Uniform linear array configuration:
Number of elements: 64
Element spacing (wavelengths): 0.75
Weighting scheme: uniform
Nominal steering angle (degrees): -45
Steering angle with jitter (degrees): -45.481
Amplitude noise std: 0.05
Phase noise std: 0.05

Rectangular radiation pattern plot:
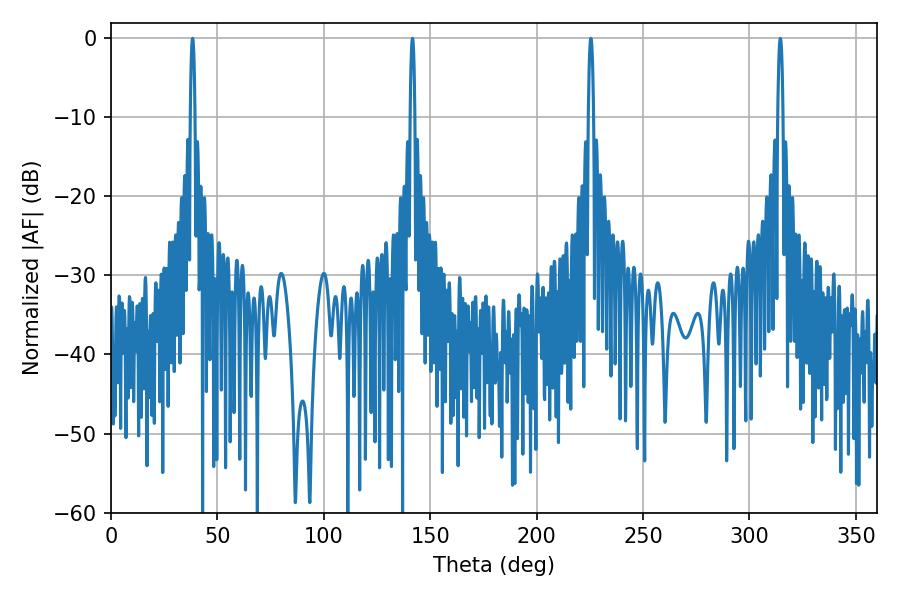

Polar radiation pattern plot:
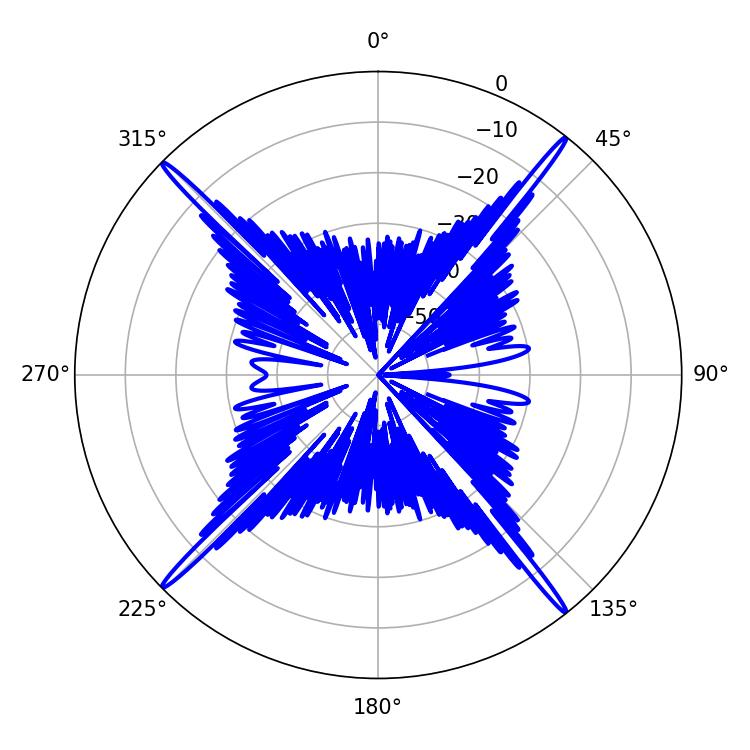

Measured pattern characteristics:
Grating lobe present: TRUE
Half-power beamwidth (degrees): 1.08
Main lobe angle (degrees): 38.34